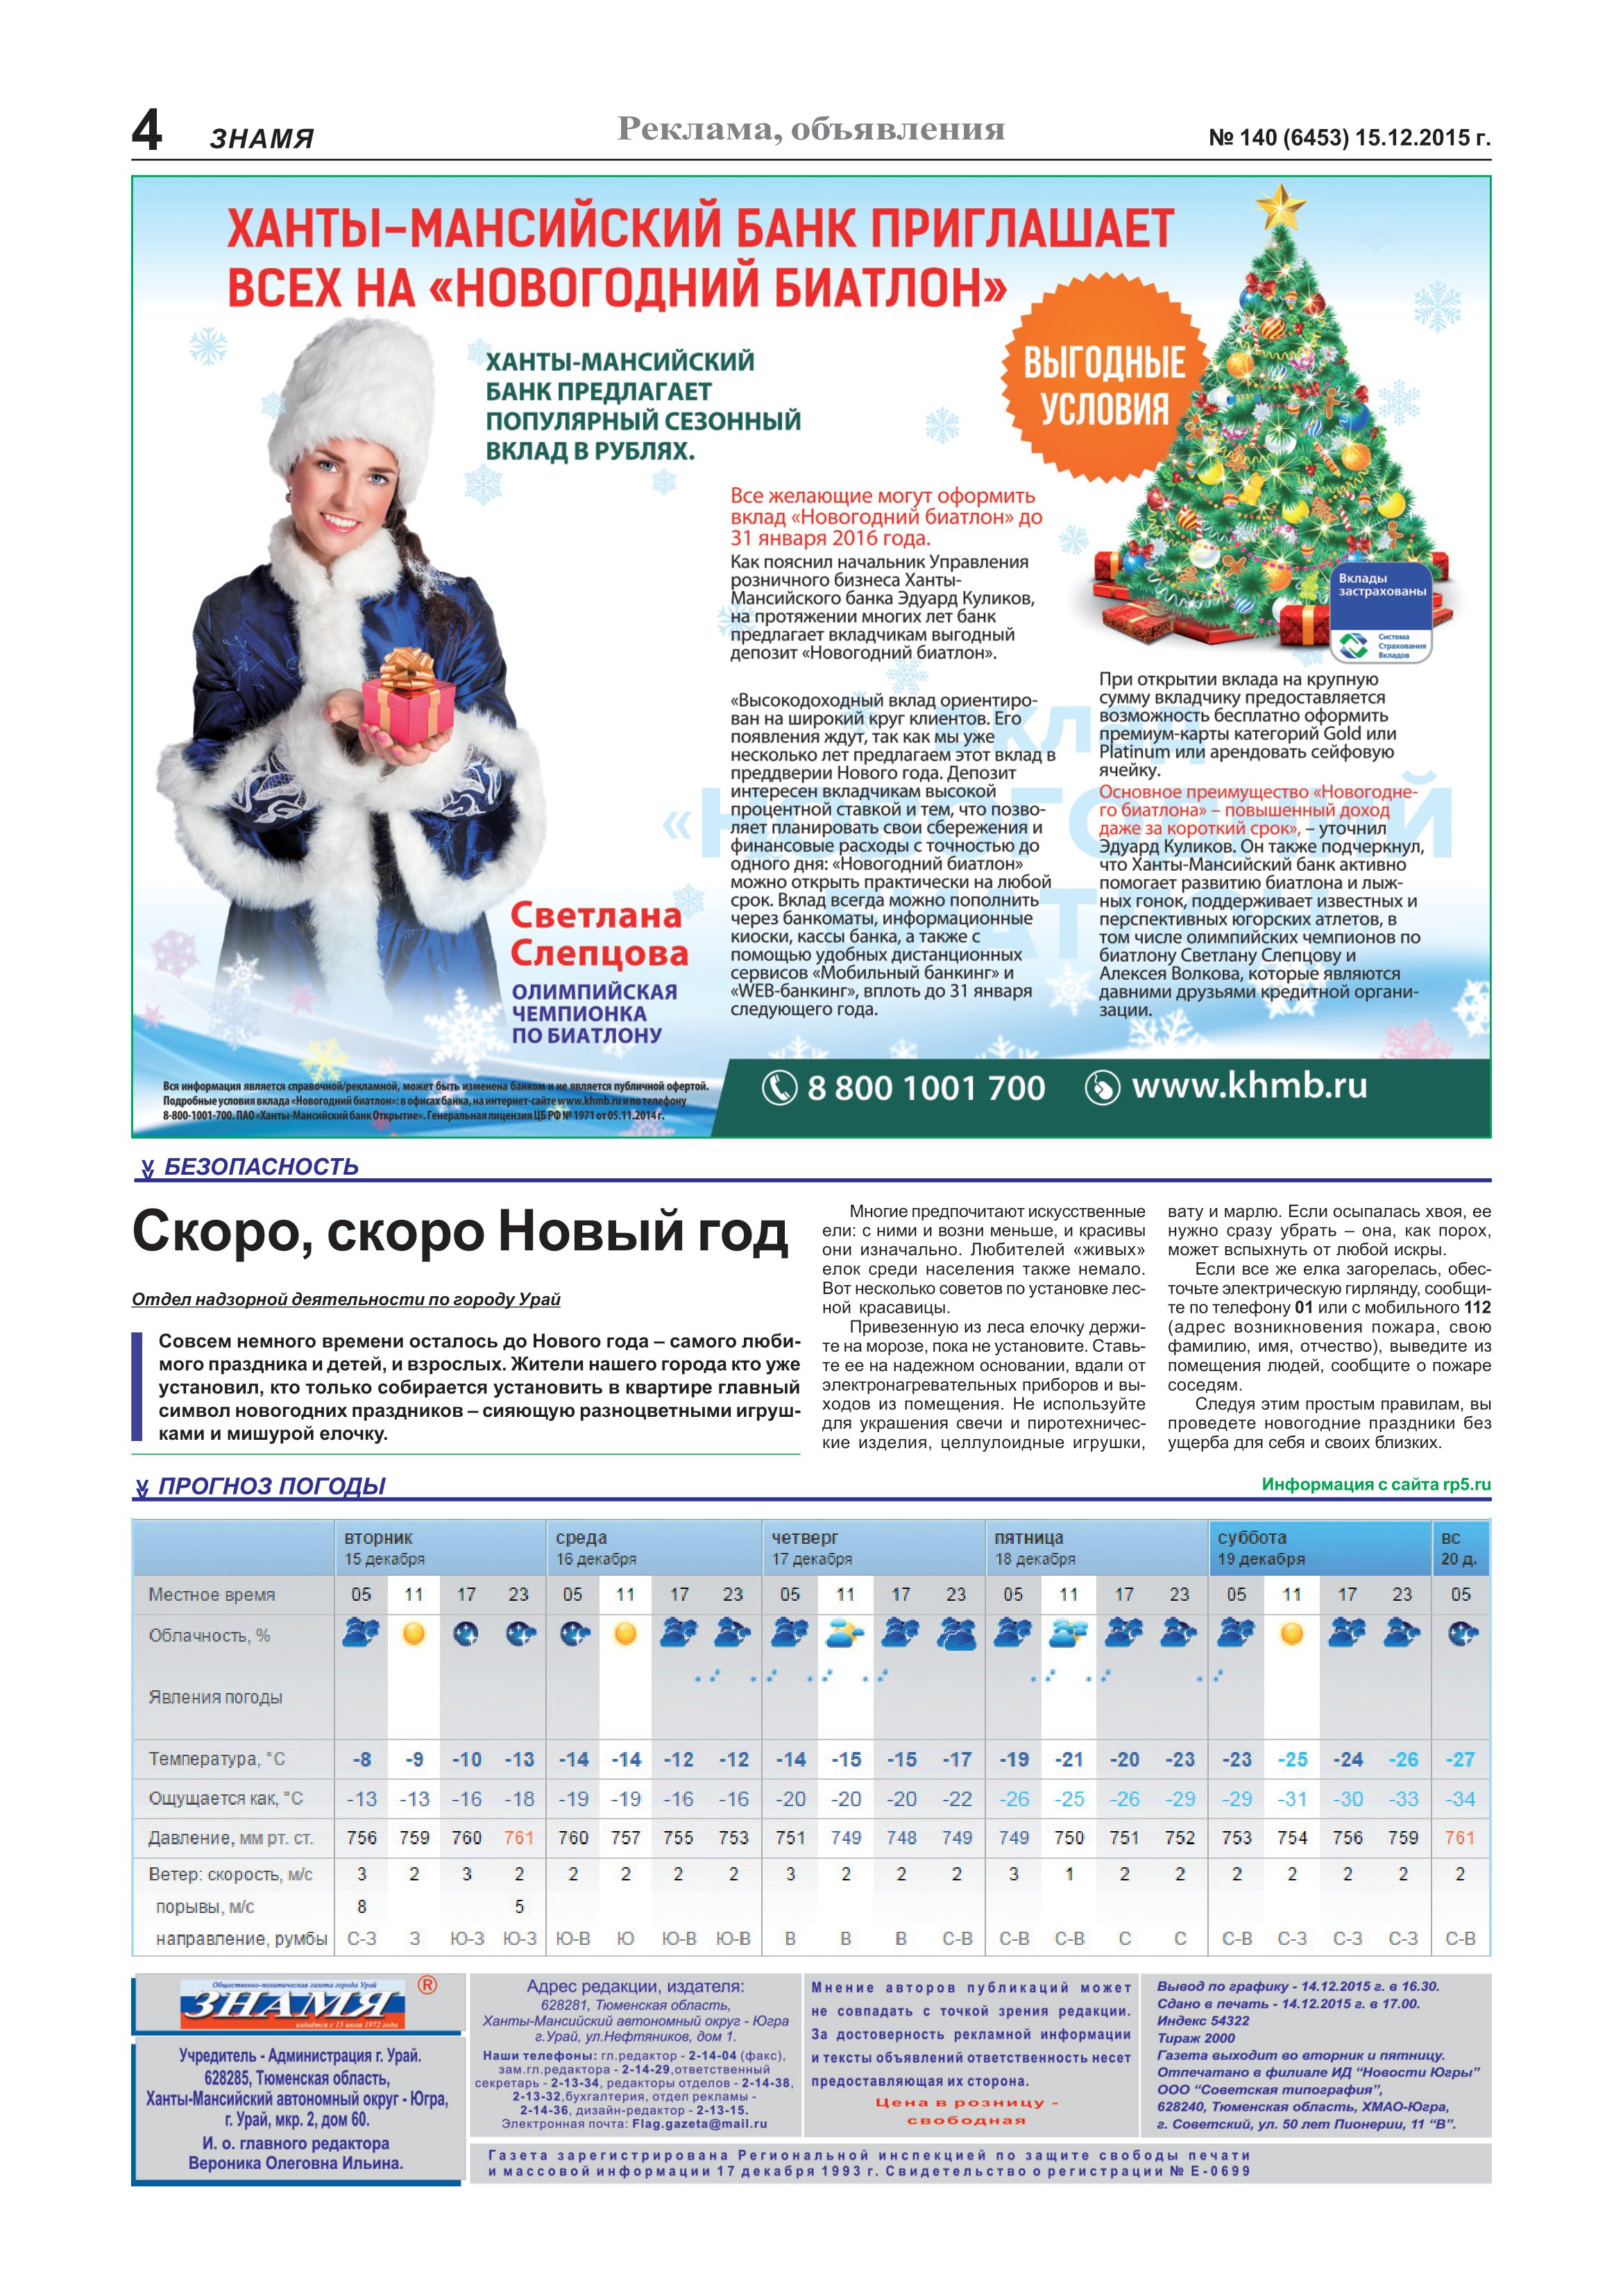
Language: ru